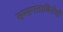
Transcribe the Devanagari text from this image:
समानताविरोधी